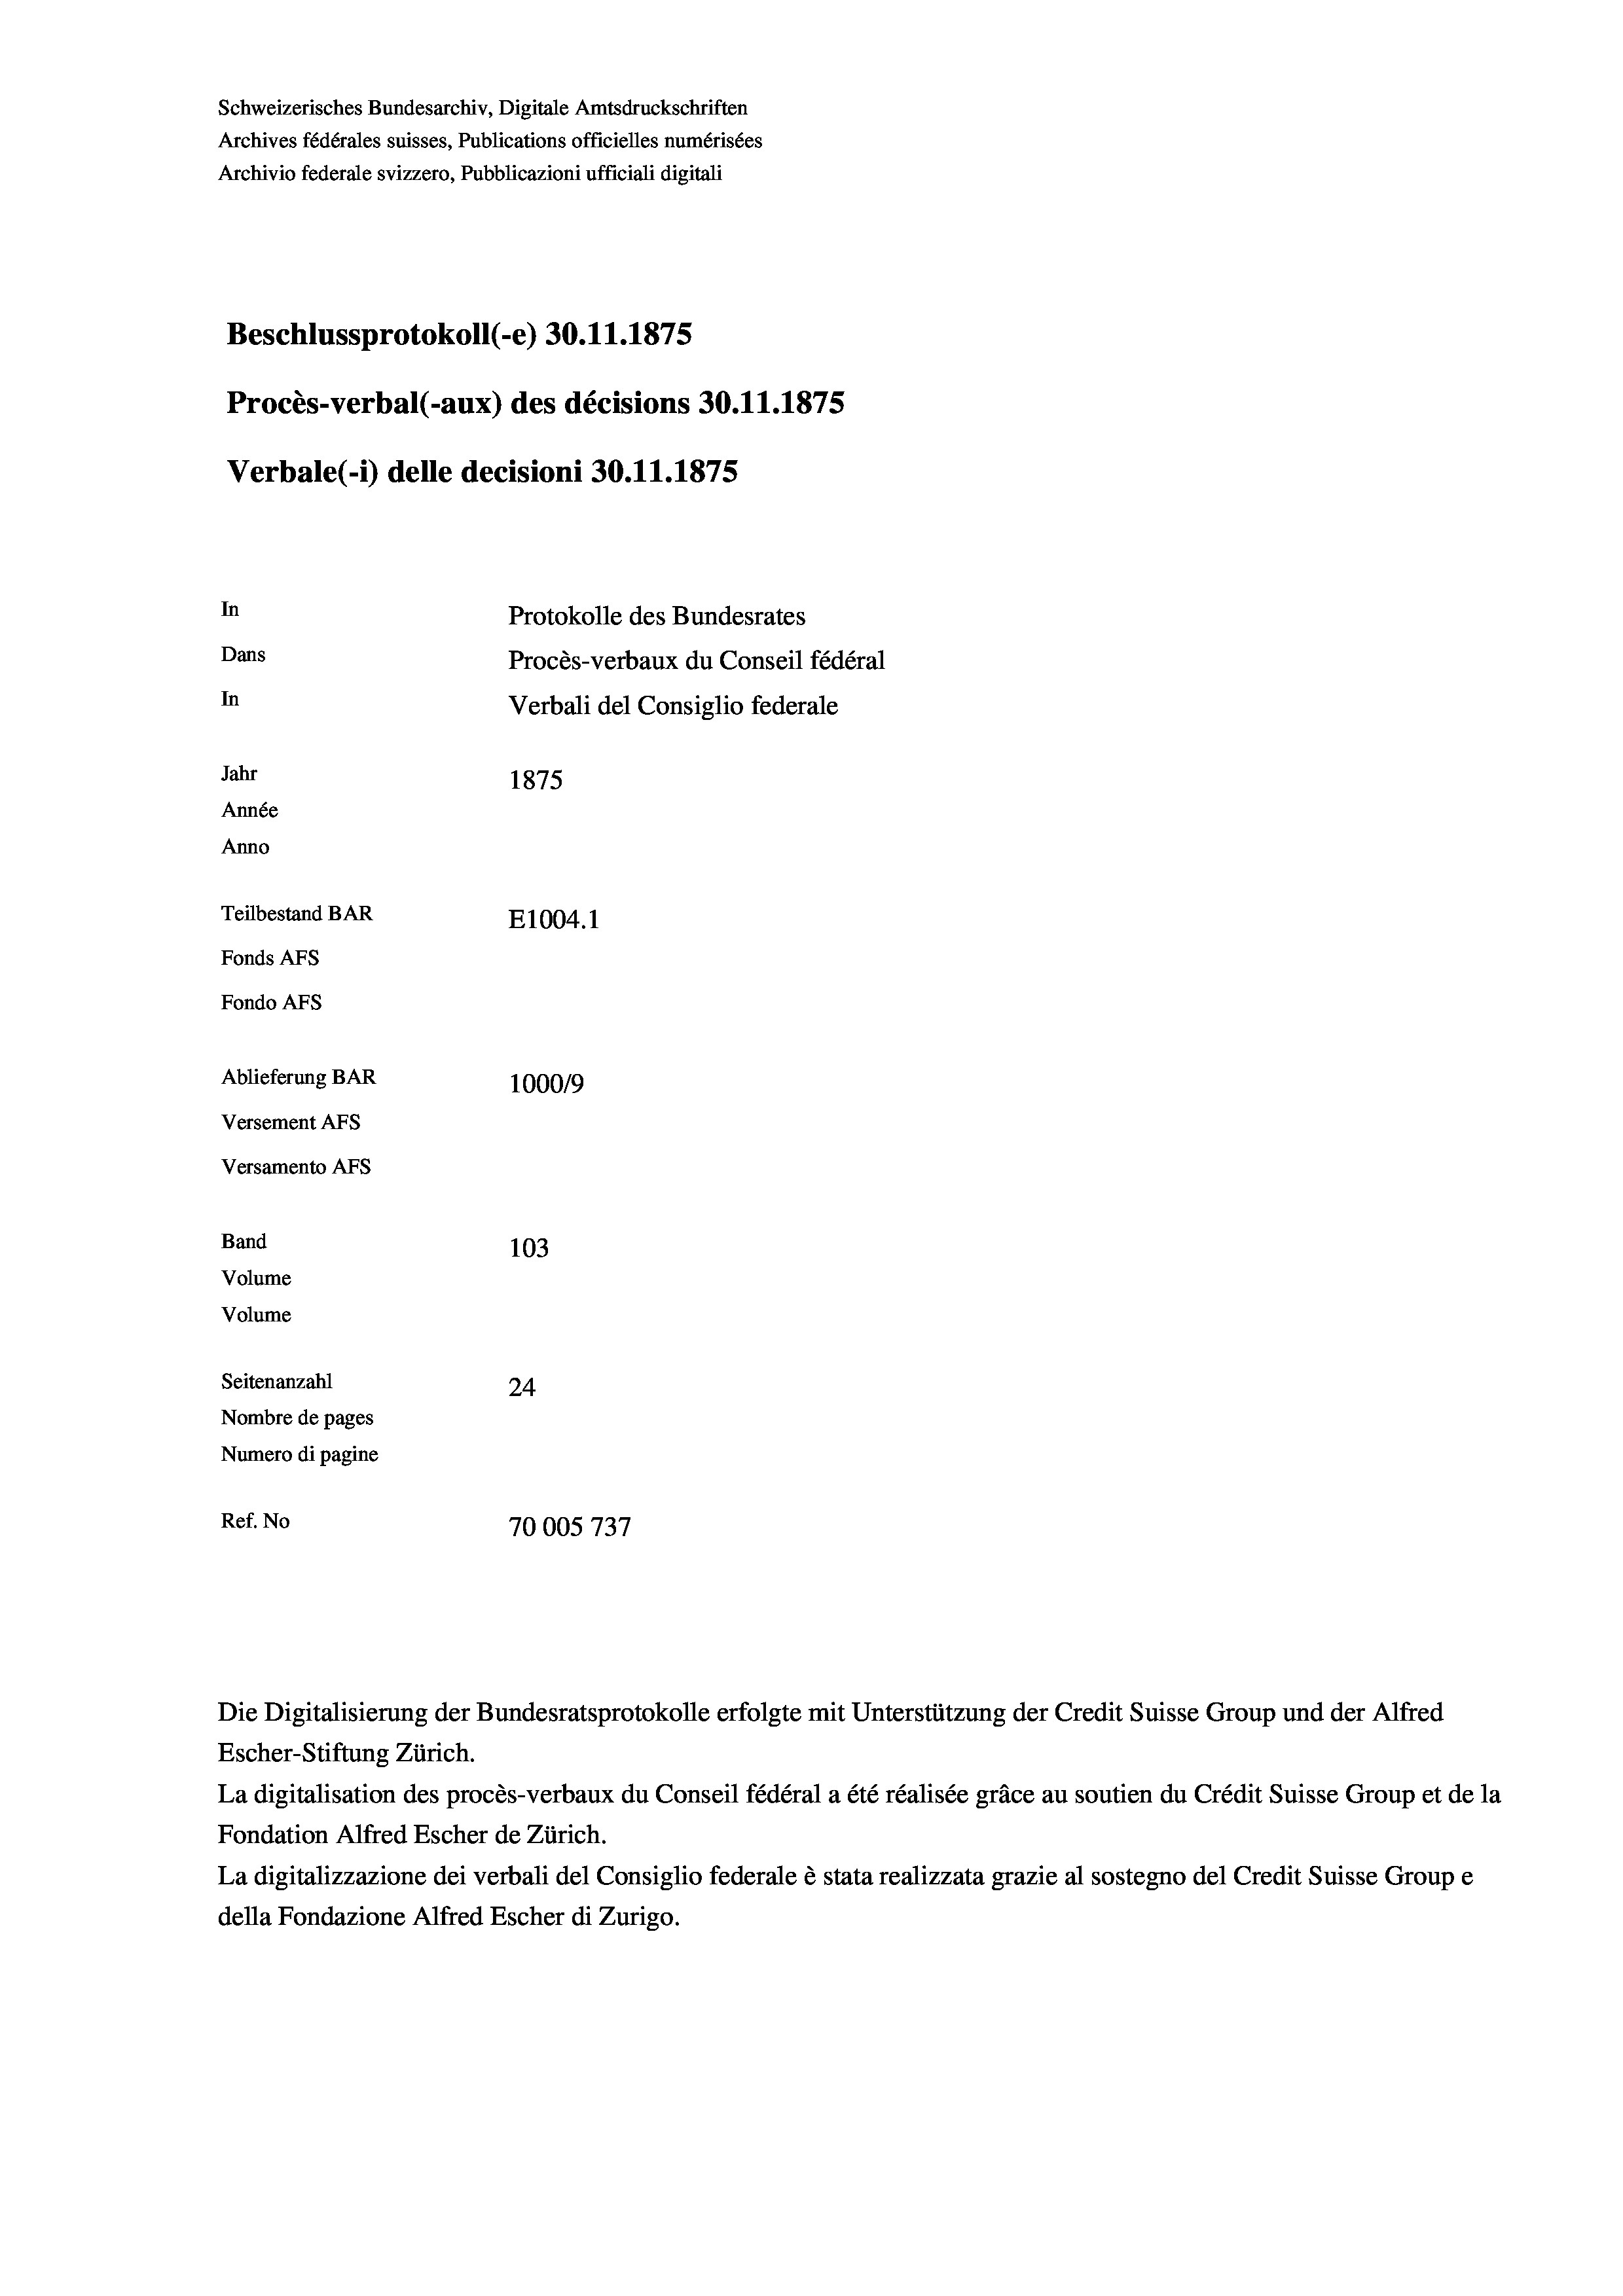
Schweizerisches Bundesarchiv, Digitale Amtsdruckschriften
Archives fédérales suisses, Publications officielles numérisées
Archivio federale svizzero, Pubblicazioni ufficiali digitali
Beschlussprotokoll (-e) 30.11.1875
Procès-verbal (-aux) des décisions 30.11.1875
Verbale(-*) delle decisioni 30.11.1875
In
Protokolle des Bundesrates
Dans
Procès-verbaux du Conseil fédéral
In
Verbali del Consiglio federale
Jahr
1875
Année
Anno
Teilbestand BAR
E1004. 1
Fonds AFs
Fondo AFs
Ablieferung BAR
100019
Versement AFS
Versamento AFS
Band
103
Volume
Volume
Seitenanzahl
24
Nombre de pages
Numero di pagine
e
Ref. No
70005737

Escher-Stiftung Zürich.
La digitalisation des procès-verbaux du Conseil fédéral a été réalisée gräce au soutien du Crédit Suisse Group et de la
Fondation Alfred Escher de Zürich.
La digitalizzazione dei verbali del Consiglio federale è stata realizzata grazie al sostegno del Credit Suisse Groupe
della Fondazione Alfred Escher di Zurigo.

Die Digitalisierung der Bundesratsprotokolle erfolgte mit Unterstützung der Credit Suisse Group und der Alfred